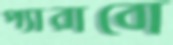
প্যারাবো